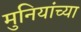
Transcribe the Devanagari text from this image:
मुनियांच्या